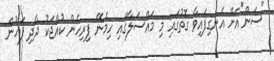
"ސަން"އަށް އެނގިފައިވާ ގޮތުގައި މި މައްސަލާގައި ހިމެނޭ ފިރިހެން ކުއްޖަކު ދާދި ފަހުން